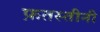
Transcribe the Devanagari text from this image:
फ़तस्तीनी